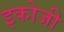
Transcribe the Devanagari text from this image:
इकोजी